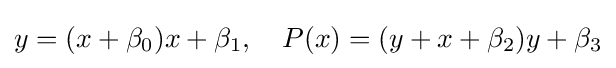
y=(x+\beta _{0})x+\beta _{1},\quad P(x)=(y+x+\beta _{2})y+\beta _{3}